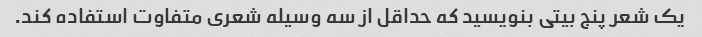
یک شعر پنج بیتی بنویسید که حداقل از سه وسیله شعری متفاوت استفاده کند.